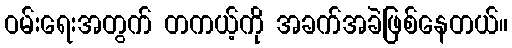
ဝမ်းရေးအတွက် တကယ့်ကို အခက်အခဲဖြစ်နေတယ်။